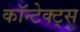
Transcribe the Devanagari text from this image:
कॉन्टेक्ट्स